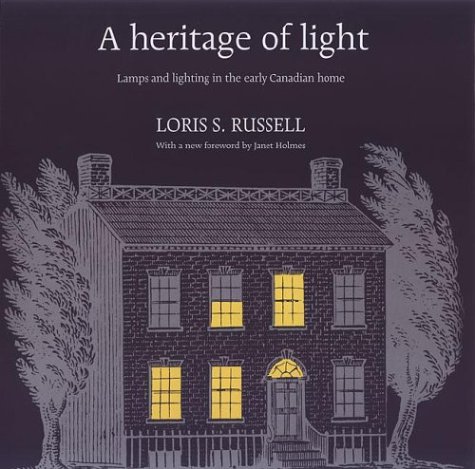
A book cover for A Heritage of Light: Lamps and Lighting in the Early Canadian Home (RICH: Reprints in Canadian History); Loris Russell; Crafts, Hobbies & Home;